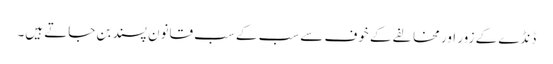
ڈنڈے کے زور اور مخالفے کے خوف سے سب کے سب قانون پسند بن جاتے ہیں۔